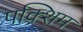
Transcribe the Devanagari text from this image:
पक्शिम